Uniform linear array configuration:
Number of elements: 24
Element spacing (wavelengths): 0.75
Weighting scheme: hamming
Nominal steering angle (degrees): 45
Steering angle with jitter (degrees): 46.373
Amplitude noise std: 0.05
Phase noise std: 0.05

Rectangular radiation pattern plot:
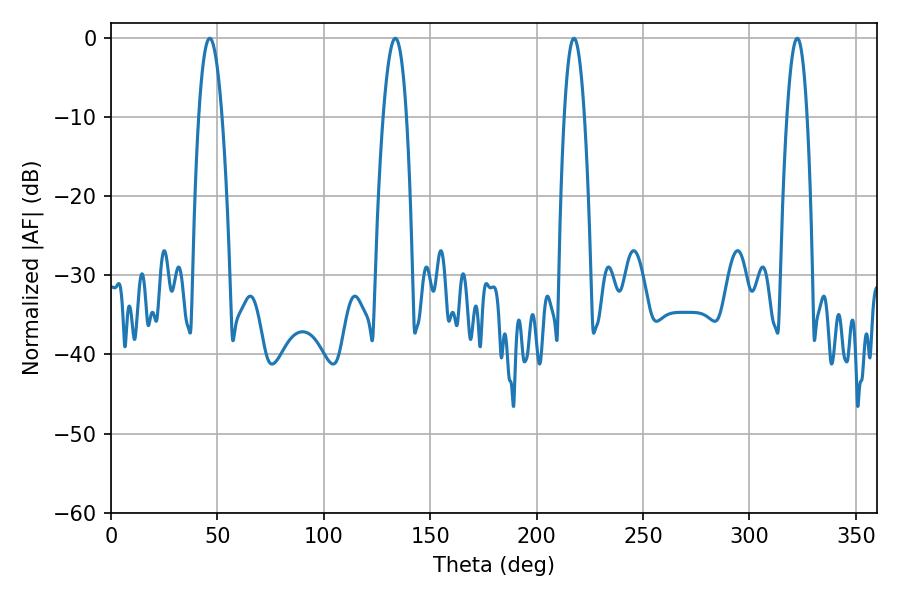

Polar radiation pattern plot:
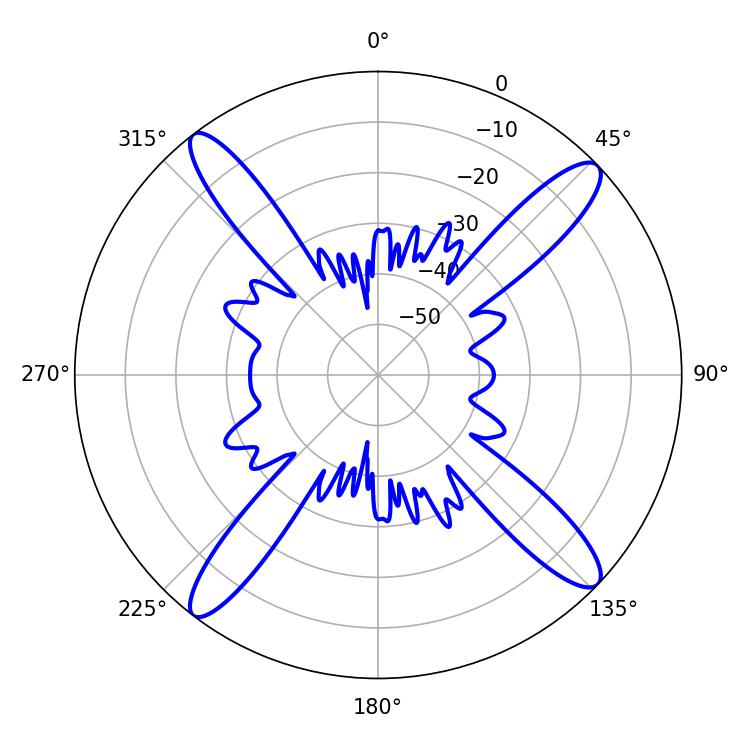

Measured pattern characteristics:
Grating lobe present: TRUE
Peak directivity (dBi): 16.575
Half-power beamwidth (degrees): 5.94
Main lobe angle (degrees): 133.56